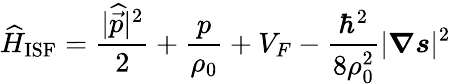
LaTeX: \widehat{H}_{\mathrm{ISF}}=\frac{|\widehat{\vec{p}}|^{2}}{2}+\frac{p}{\rho_{0}}+V_{F}-\frac{\hbar^{2}}{8\rho_{0}^{2}}|\boldsymbol{\nabla}\boldsymbol{s}|^{2}